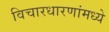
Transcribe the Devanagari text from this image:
विचारधारणांमध्ये